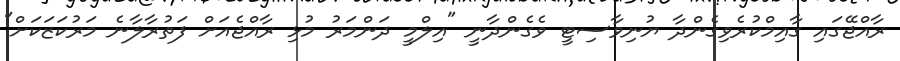
ރާއްޖޭގައި ގާއިމްކުރެވިގެންދާ ޔުނިވާސިޓީ ވެގެންދާނީ "އިލްމީ ދަންމަރު މުޅި ރާއްޖެއަށް ފަތުރާލާނެ މަރުކަޒަކަށް"